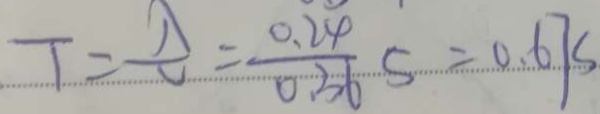
T = \frac { \lambda } { v } = \frac { 0 . 2 4 } { 0 . 3 6 } S = 0 . 6 7 s